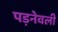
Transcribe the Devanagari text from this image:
पड़नेवली